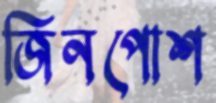
জিনপোশ